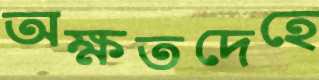
অক্ষতদেহে